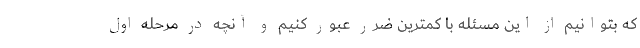
که بتوانیم از این مسئله با کمترین ضرر عبور کنیم و آنچه در مرحله اول